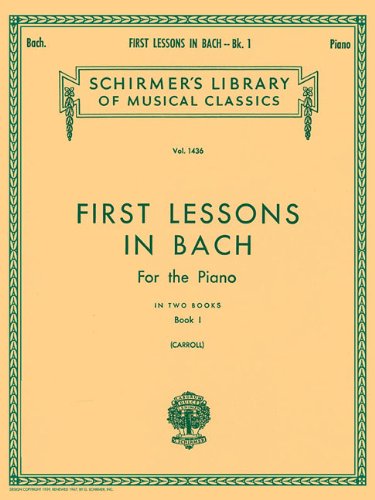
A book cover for First Lessons in Bach - Book 1: Piano Solo; Humor & Entertainment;